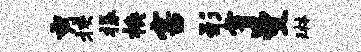
秀挟振换害形霄曼琳